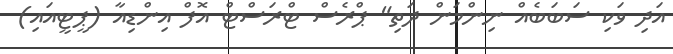
އަދި ވަކި ސަބަބެއް ނިންމަން ދަތި" ޕްރެސް ޓްރަސްޓް އޮފް އިންޑިއާ (ޕީޓީއައި)